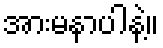
အားမနာပါနဲ့။